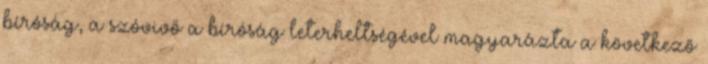
bíróság, a szóvivő a bíróság leterheltségével magyarázta a következő